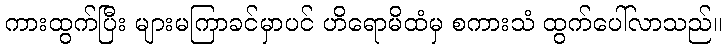
ကားထွက်ပြီး များမကြာခင်မှာပင် ဟိရောမိထံမှ စကားသံ ထွက်ပေါ်လာသည်။